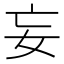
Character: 妄